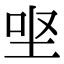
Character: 𡊙